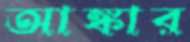
আঙ্কার